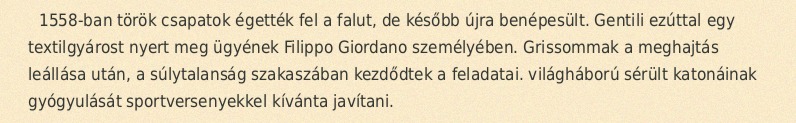
1558-ban török csapatok égették fel a falut, de később újra benépesült. Gentili ezúttal egy textilgyárost nyert meg ügyének Filippo Giordano személyében. Grissommak a meghajtás leállása után, a súlytalanság szakaszában kezdődtek a feladatai. világháború sérült katonáinak gyógyulását sportversenyekkel kívánta javítani.